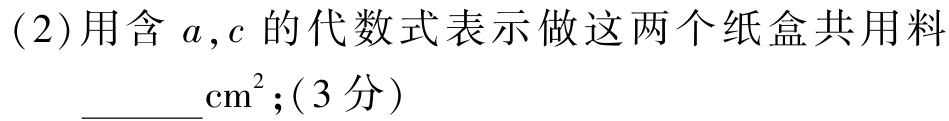
(2)用含 \(a,c\) 的代数式表示做这两个纸盒共用料 \(\underline{\quad\quad}\mathrm{cm}^{2};(3分)\)